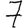
Digit: 7